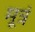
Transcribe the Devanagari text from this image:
मूत्रं